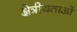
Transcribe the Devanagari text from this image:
क्षेत्रीयताओं